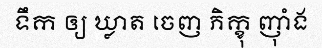
ទឹក ឲ្យ ឃ្លាត ចេញ ភិក្ខុ ញុាំង